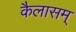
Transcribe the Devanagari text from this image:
कैलासम्‌